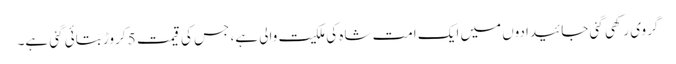
گروی رکھی گئی جائیدادوں میں ایک امت شاہ کی ملکیت والی ہے، جس کی قیمت 5 کروڑ بتائی گئی ہے۔